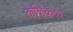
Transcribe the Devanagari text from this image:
केशिकत्व